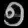
Digit: ၅